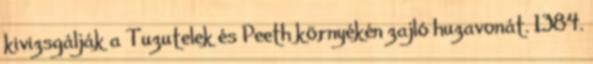
kivizsgálják a Tuzutelek és Peeth környékén zajló huzavonát. 1384.